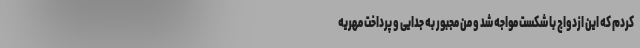
کردم که این ازدواج با شکست مواجه شد و من مجبور به جدایی و پرداخت مهریه